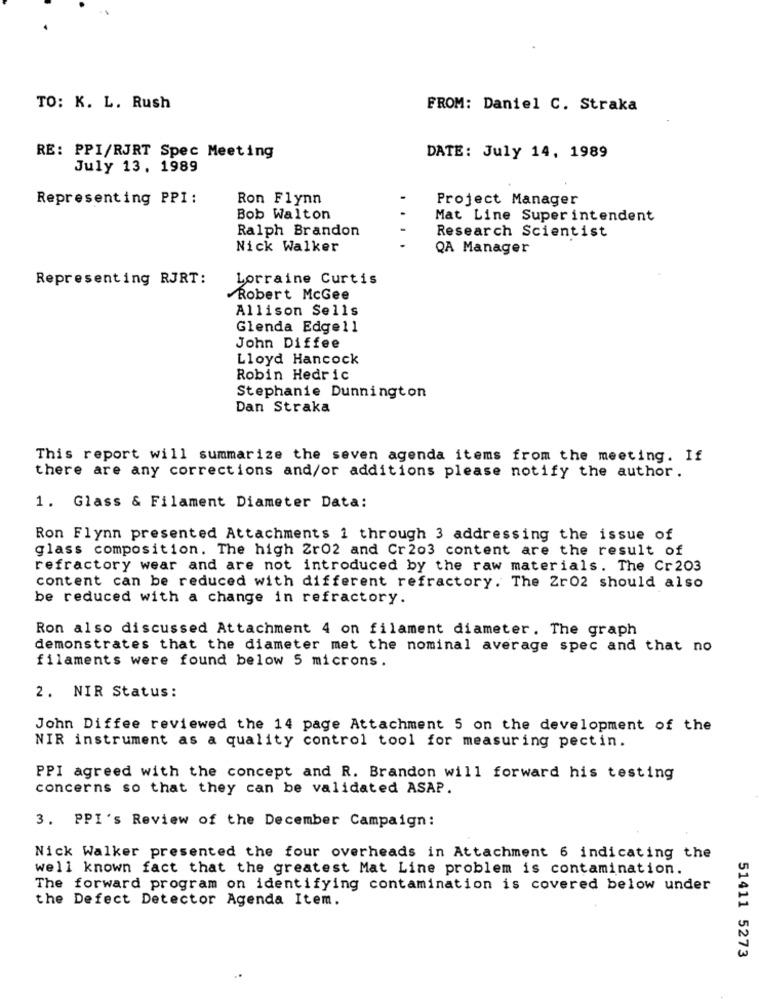
TO: K. L. Rush
FROM: Daniel C. Straka
RE: PPI/RJRT Spec Meeting
DATE: July 14, 1989
July 13, 1989
Representing PPI :
Ron Flynn
Project Manager
Bob Walton
Mat Line Superintendent
Ralph Brandon
Research Scientist
Nick Walker
QA Manager
Representing RJRT:
Lorraine Curtis
Robert McGee
Allison Sells
Glenda Edge1l
John Diffee
Lloyd Hancock
Robin Hedric
Stephanie Dunnington
Dan Straka
This report will summarize the seven agenda items from the meeting. If
there are any corrections and/or additions please notify the author.
1. Glass & Filament Diameter Data:
Ron Flynn presented Attachments 1 through 3 addressing the issue of
glass composition. The high Zr02 and Cr203 content are the result of
refractory wear and are not introduced by the raw materials. The Cr 203
content can be reduced with different refractory. The 2r02 should also
be reduced with a change in refractory.
Ron also discussed Attachment 4 on filament diameter. The graph
demonstrates that the diameter met the nominal average spec and that no
filaments were found below 5 microns.
2. NIR Status:
John Diffee reviewed the 14 page Attachment 5 on the development of the
NIR instrument as a quality control tool for measuring pectin.
PPI agreed with the concept and R. Brandon will forward his testing
concerns so that they can be validated ASAP.
3. PPI's Review of the December Campaign:
Nick Walker presented the four overheads in Attachment 6 indicating the
well known fact that the greatest Mat Line problem is contamination.
The forward program on identifying contamination is covered below under
the Defect Detector Agenda Item.
51411 5273